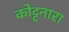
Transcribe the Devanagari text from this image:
कोट्टनारा